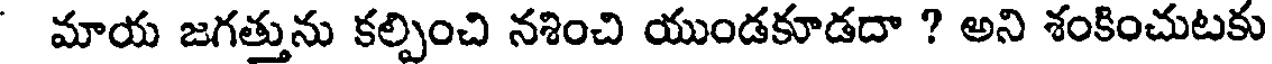
మాయ జగత్తును కల్పించి నశించి యుండకూడదా ? అని శంకించుటకు